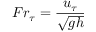
\displaystyle F r _ { \tau } = \frac { u _ { \tau } } { \sqrt { g h } }